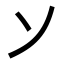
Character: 𬼀